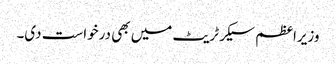
وزیراعظم سیکرٹریٹ میں بھی درخواست دی۔